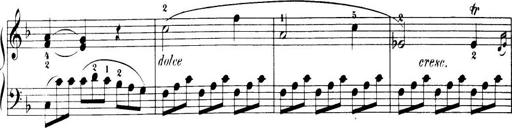
Title: 32 Sonatinas and Rondos for the Piano
Composer: Richard Kleinmichel